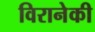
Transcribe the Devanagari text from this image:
विरानेकी